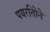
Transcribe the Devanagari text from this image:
पयरतिोने